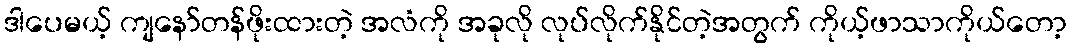
ဒါပေမယ့် ကျနော်တန်ဖိုးထားတဲ့ အလံကို အခုလို လုပ်လိုက်နိုင်တဲ့အတွက် ကိုယ့်ဖာသာကိုယ်တော့